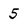
Character: 5